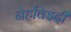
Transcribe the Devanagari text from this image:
नेहविझ्दी